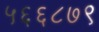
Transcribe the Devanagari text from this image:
५६६८७९